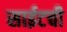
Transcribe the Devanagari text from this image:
साईटची